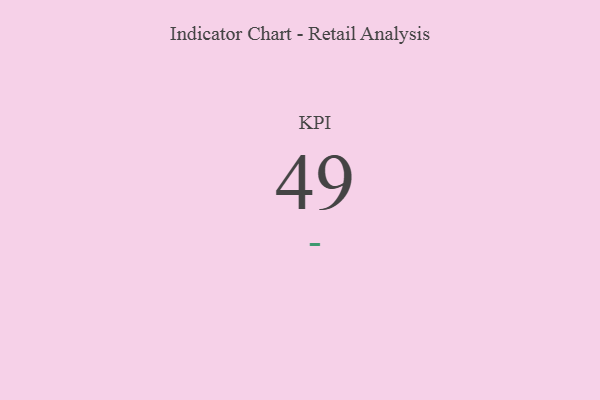
{"axis": {"x": "KPI", "y": "Value"}, "legend": [""], "data": [{"x": "KPI", "y": 49, "type": ""}]}